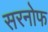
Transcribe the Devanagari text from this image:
सरनोफ